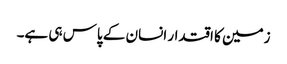
زمین کا اقتدار انسان کے پاس ہی ہے۔